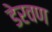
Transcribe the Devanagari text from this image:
डेरवण